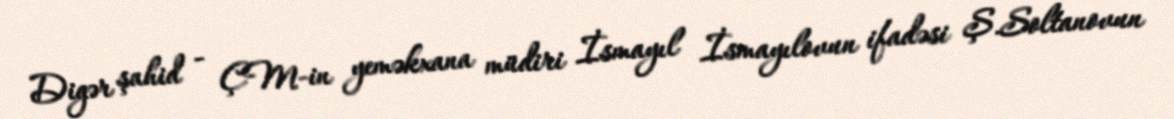
Digər şahid - ÇM-in yeməkxana müdiri İsmayıl İsmayılovun ifadəsi Ş.Soltanovun